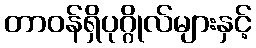
တာဝန်ရှိပုဂ္ဂိုလ်များနှင့်